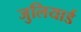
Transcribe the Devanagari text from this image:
जुलियार्ड